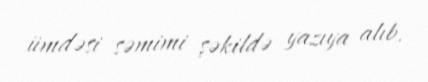
ümdəsi səmimi şəkildə yazıya alıb.